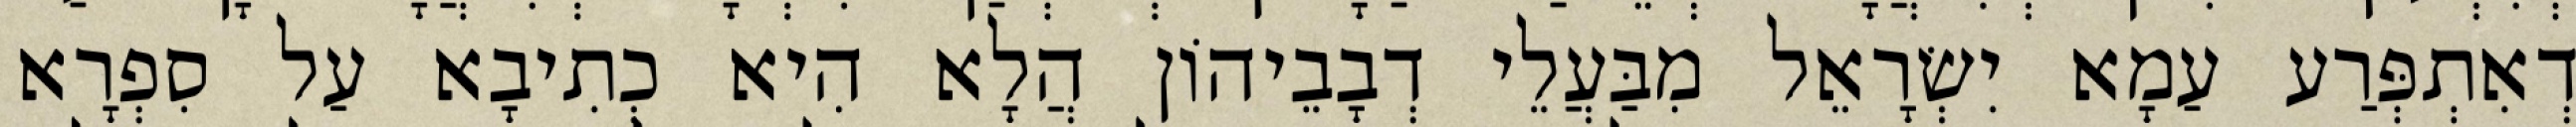
דְאִתְפְּרַע עַמָא יִשְׂרָאֵל מִבַּעֲלֵי דְבָבֵיהוֹן הֲלָא הִיא כְתִיבָא עַל סִפְרָא